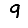
Digit: 9